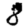
Digit: 8